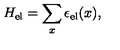
H _ { \mathrm { e l } } = \sum _ { x } \epsilon _ { \mathrm { e l } } ( x ) ,